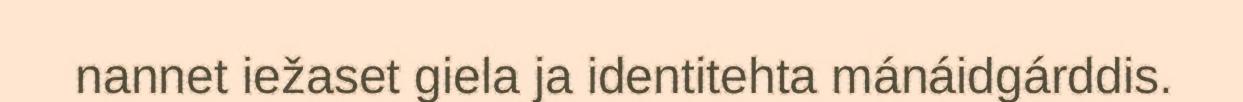
nannet iežaset giela ja identitehta mánáidgárddis.